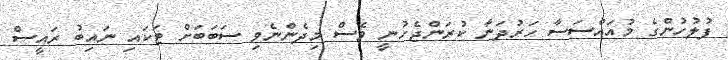
ފުލުހުންގެ މުއައްސަސާ ހަރުދަނާ ކުރަންޖެހުނީ ވެސް މިދެންނެވި ސަބަބަށް ޓަކައި ނައިބު ރައީސް